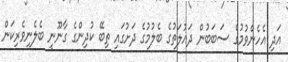
އަދި އެހެންވުމުގެ ސަބަބުން ދައުލަތުގެ ބެލުމުގެ ދަށުގައި ތިބޭ ކުދިންގެ ގާނޫނީ ބެލެނިވެރިކަން